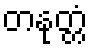
တနုတ္တံ